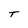
Character: T